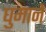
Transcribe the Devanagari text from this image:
घुमानें